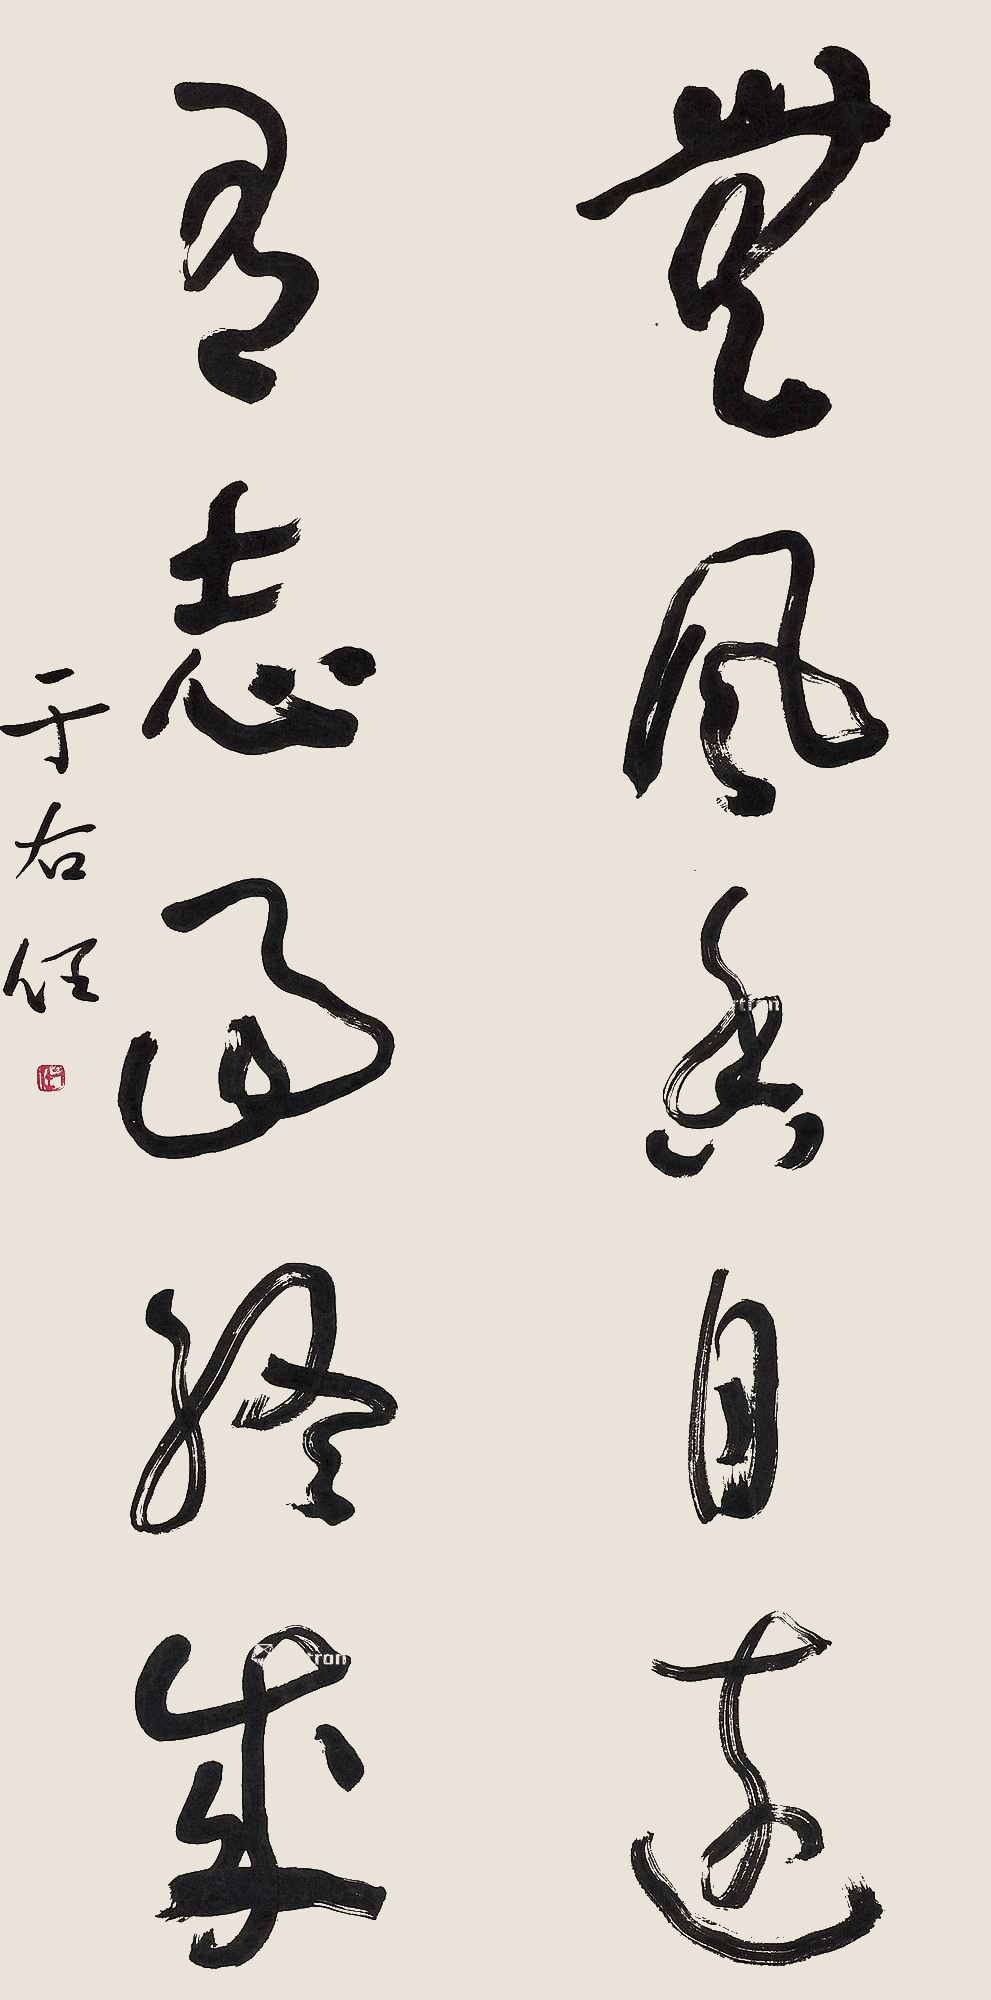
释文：无风香自远，有志事终成。于右任